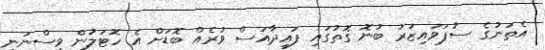
އެތަނުގެ ސުޕަވައިޒަރު ބުނޮ ގޮތުގައި ފައިދާއަސް ވުރެއް ބޮޑަށް އެ ހޮޓަލުން ވިސްނަނީ